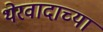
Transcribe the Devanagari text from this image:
थेरवादाच्या